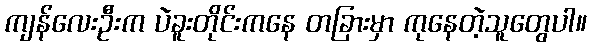
ကျန်လေးဦးက ပဲခူးတိုင်းကနေ တခြားမှာ ကုနေတဲ့သူတွေပါ။